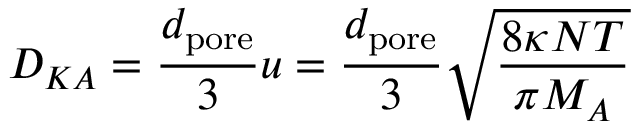
D _ { K A } = { \frac { d _ { \mathrm { p o r e } } } { 3 } } u = { \frac { d _ { \mathrm { p o r e } } } { 3 } } { \sqrt { \frac { 8 \kappa N T } { \pi M _ { A } } } }